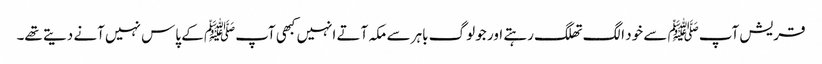
قریش آپﷺ سے خود الگ تھلگ رہتے اور جو لوگ باہر سے مکہ آتے انہیں کبھی آپﷺ کے پاس نہیں آنے دیتے تھے۔